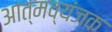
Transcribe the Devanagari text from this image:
आत्मव्यंजक